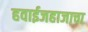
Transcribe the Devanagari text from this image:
हवाईजहाजाचा